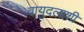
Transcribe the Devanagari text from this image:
वायुदलाशी